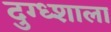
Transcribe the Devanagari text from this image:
दुग्ध्शाला